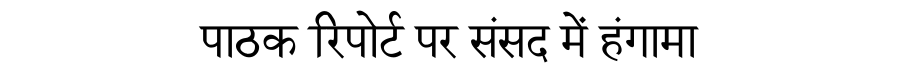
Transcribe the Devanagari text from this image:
पाठक रिपोर्ट पर संसद में हंगामा